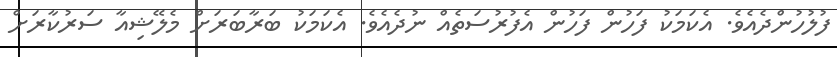
ފުލުހުންދެއެވެ. އެކަމަކު ފަހުން ފަހުން އެފުރުސަތެއް ނުދެއެވެ. އެކަމަކު ބަރާބަރަށް މެލޭޝިއާ ސަރުކާރަށް